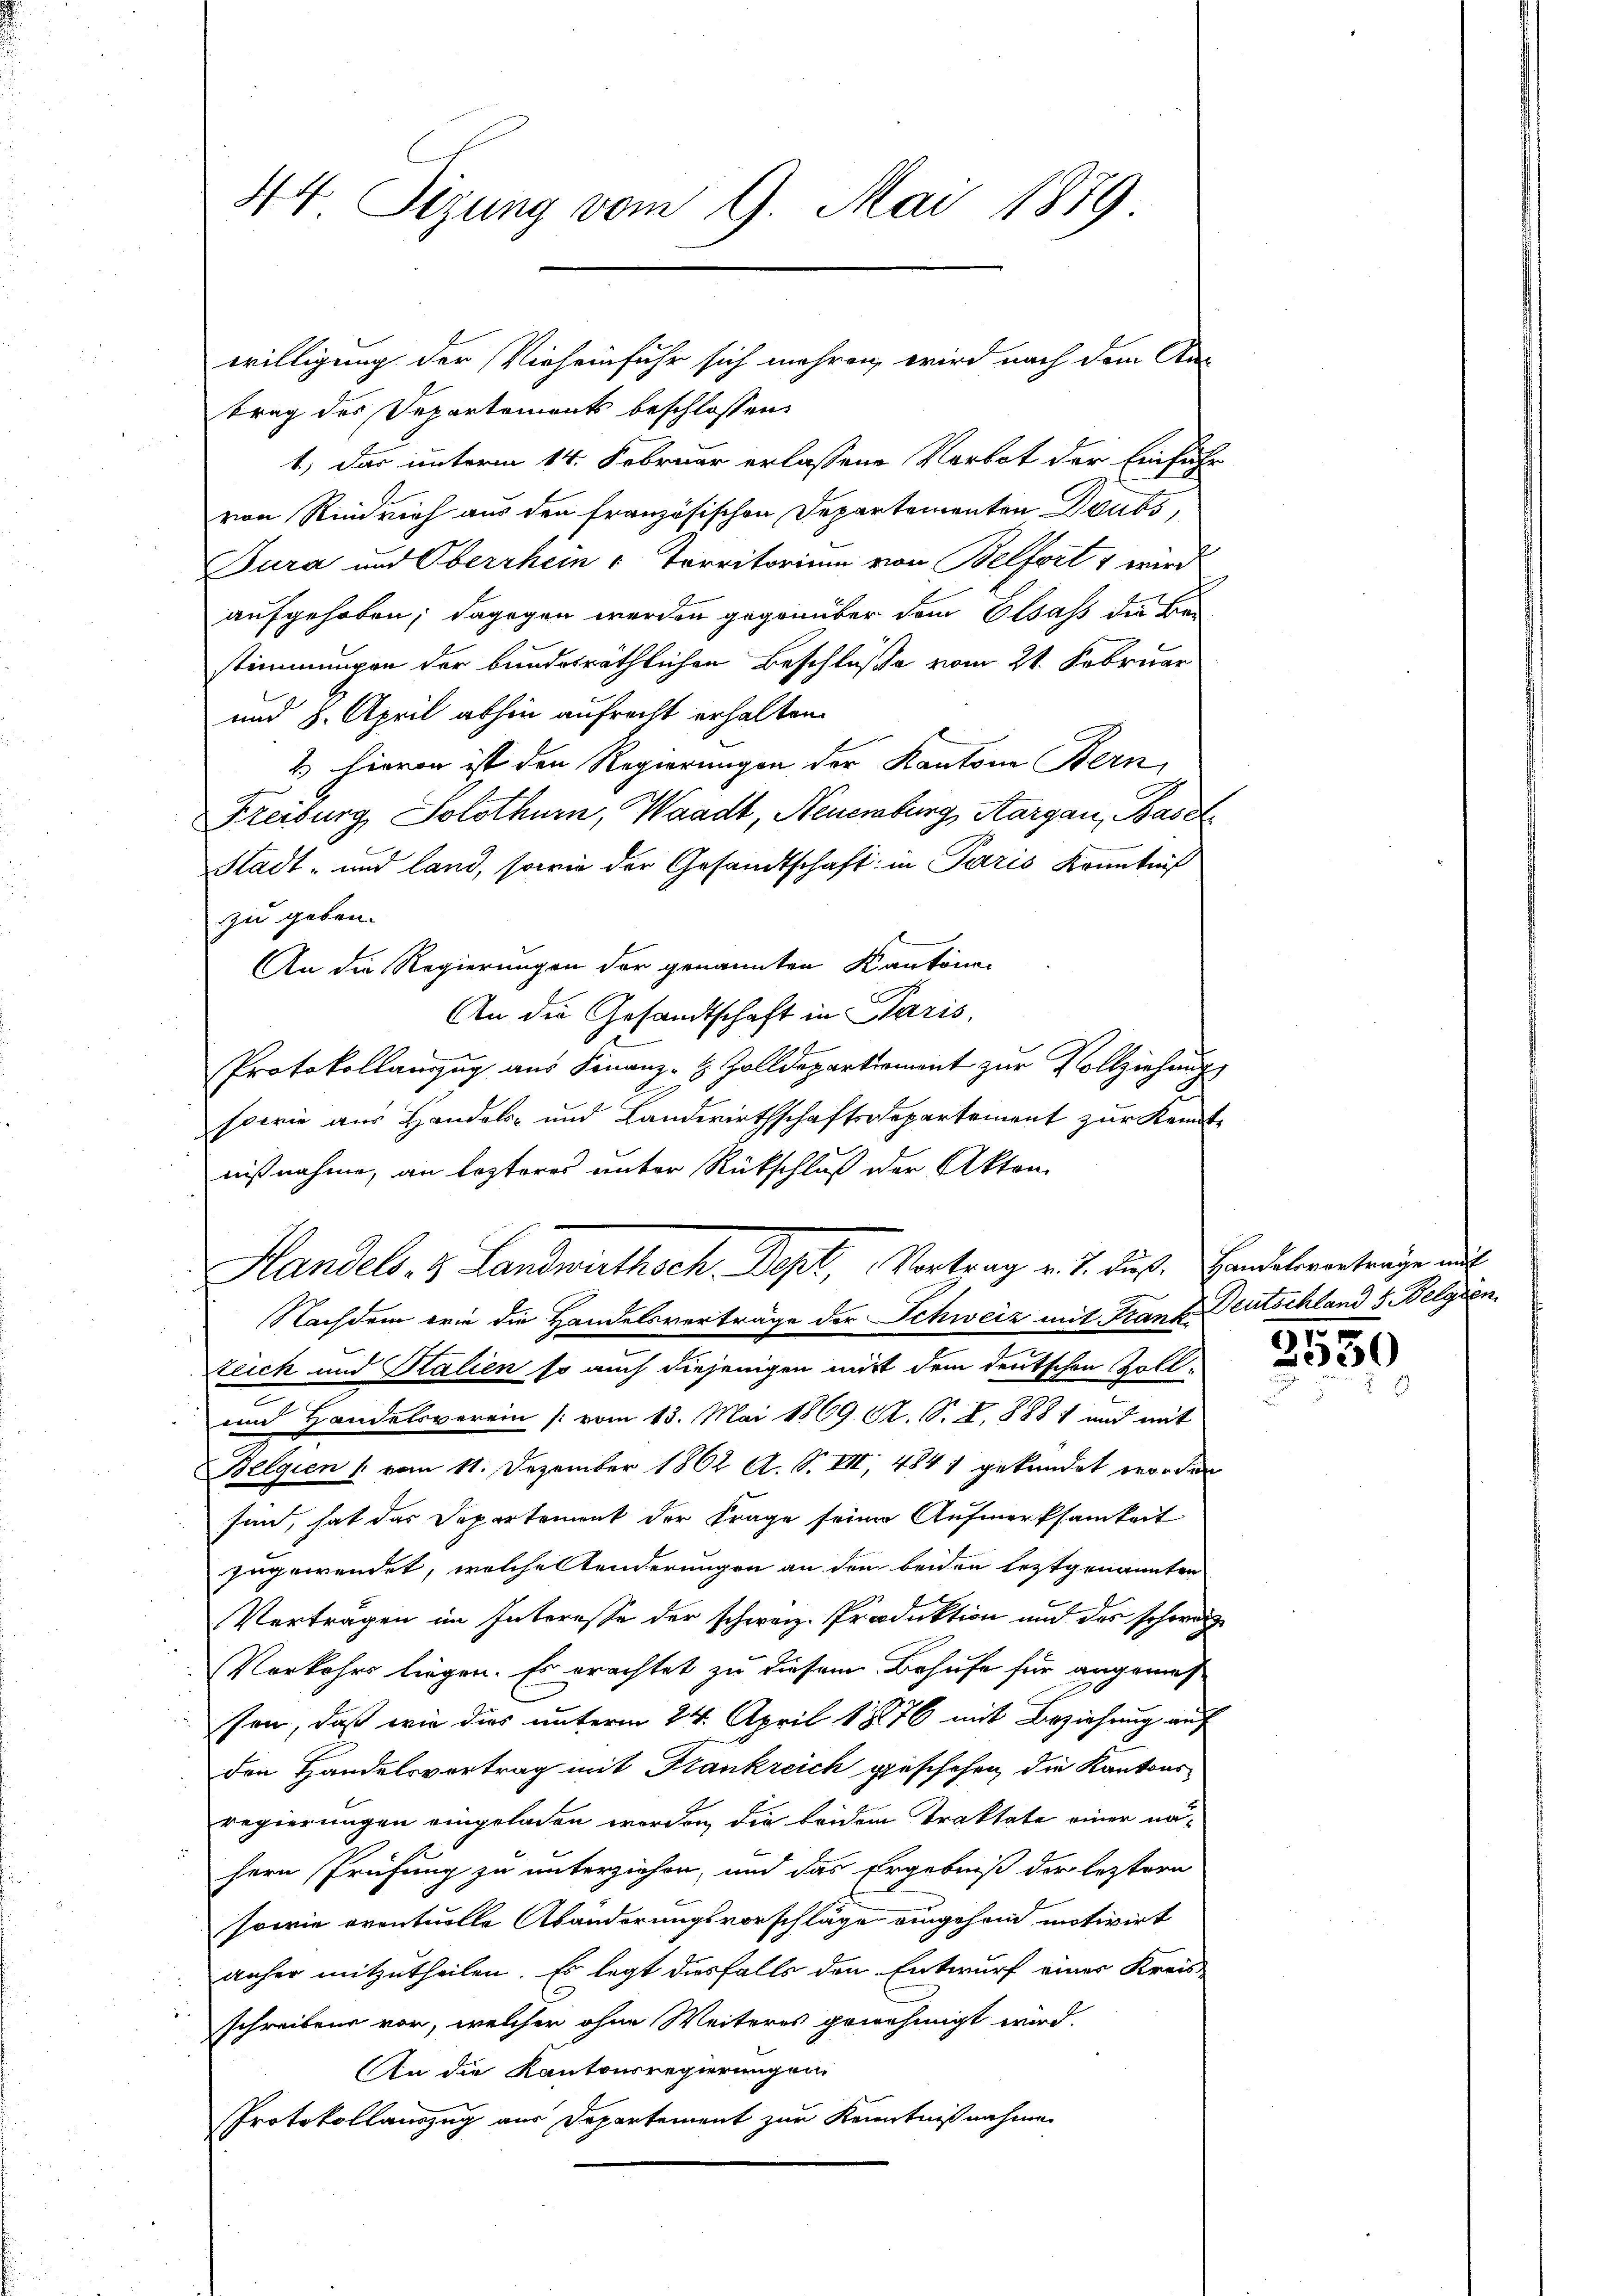
44 Sizung vom 9. Mai 1879.

willigung der Vieheinfuhr sich mehren, wird nach dem Rat
trag des Departements beschlossen:
1.) Das unterm 14. Februar erlassene Verbot der Einführ
von Riedrich aus den französischen Departementen Deuts
Jura und Oberrhein Territorium von Belfort 4 wird
aufgehoben; dagegen werden gegenüber dem Elsass die Be
stimmungen der bundesräthlichen Beschlüße vom 21. Februar
und 8. April abhin aufrecht erhalten.
2. Hievon ist den Regierungen der Kantone Bern,
Freiburg, Solothurn, Waadt, Neuenburg, Aargau, Basel
Stadt- und land, sowie der Gesandtschaft in Paris Kenntniß
zu geben.
An die Regierungen der genannten Kantonen
An die Gesandtschaft in Paris
Protokollanzug aus Finanz- & Zolldepartiement zur Vollziehung
sowie aus Handels- und Landwirthschaftsdepartement zur Kenntnißnahme, an lezteres unter Rückschluß der Akten
Handels- & Landwirthsch. Depl, Vortrag v. J. dieß. Handelvertrage auf
Nachdem wie die Handelsverträge der Schweiz mit Franz Deutschland 5 Belgien
teich und Kalien so auch diejenigen mit dem deutschen Zoll¬
und Handelsverein [vom 13. Mai 1869. A. S. S. 888 1 und mit
Belgien 1 vom 11. Dezember 1862 A. S. VII, 4841 gekündet worden
sind, hat das Departement der Frage seine Aufmerksamkeit
zugewendet, welche Tenderungen an den beiden leztgenannten
u
Verträgen im Interesse der schweiz. Produktion und des schwarz
Verkehrs liegen. Es erachtet zu diesem Behufe für angemes
son, daß wie dies unterm 24. April 18876 mit Beziehung auf
den Handelsvertrag mit Frankreich geschehen, die Kantonsregierungen eingeladen werden, die beidem Traktate einer nähern Prüfung zu unterziehen, und das Ergebniß der leztern
sowie eventuelle Abänderungsvorschläge eingehend motivirt
anher mitzutheilen. Es legt diesfalls den Entwurf eines Kreisschreiben vor, welcher ohne Weiteres genehmigt wird.
An die Kantonsregierungen
Protokollauszug aus Departement zur Kenntnißnahmen

91
2950